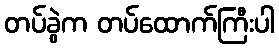
တပ်ခွဲက တပ်ထောက်ကြီးပါ